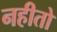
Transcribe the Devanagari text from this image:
नहीतो